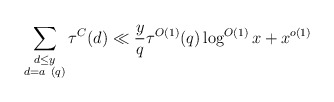
\begin{align*}\sum_{\substack{d \leq y\\ d = a\ (q)}} \tau^C(d) \ll \frac{y}{q} \tau^{O(1)}(q) \log^{O(1)} x + x^{o(1)}\end{align*}